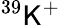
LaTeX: ^{39}\mathsf{K}^{+}